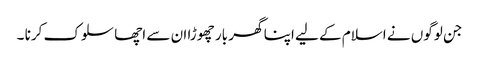
جن لوگوں نے اسلام کے لیے اپنا گھر بار چھوڑا ان سے اچھا سلوک کرنا ۔